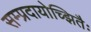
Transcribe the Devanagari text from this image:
सम्प्रदायोच्झितैः